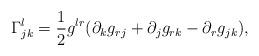
LaTeX: \begin{align*}\Gamma^l_{jk} = \frac{1}{2} g^{lr}( \partial_kg_{rj}+\partial_jg_{rk}-\partial_rg_{jk} ), \end{align*}